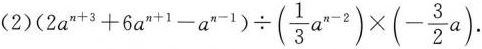
(2)$$(2a^{n+3}+6a^{n+1}-a^{n-1})\div(\frac{1}{3}a^{n-2})\times(- \frac{3}{2}a)$$.